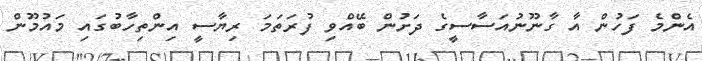
އެންމެ ފަހުން އާ ގާނޫނުއަސާސީގެ ދަށުން ބޭއްވި ފުރަތަމަ ރިޔާސީ އިންތިހާބުގައި މައުމޫން